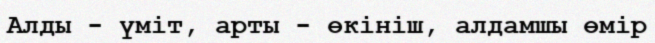
Алды - үміт, арты - өкініш, алдамшы өмір